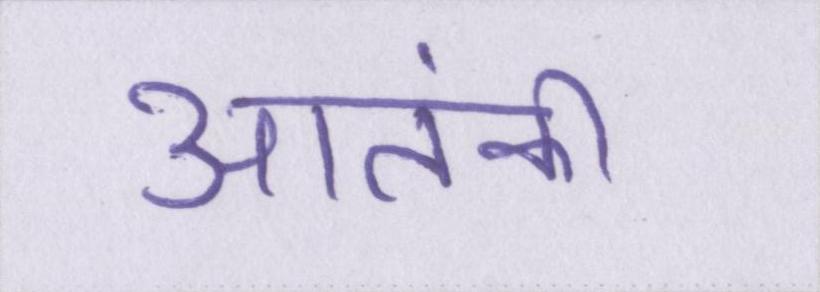
आतंकी